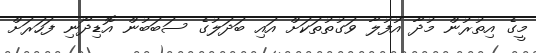
މީގެ އިތުރުން މުދާ އުފުލާ ވަގުތުތަކަށް އައި ބަދަލުގެ ސަބަބުން އޮޑިދޯނި ފަހަރަށް